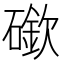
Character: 䃢